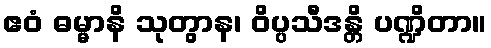
ဧဝံ ဓမ္မာနိ သုတွာန၊ ဝိပ္ပသီဒန္တိ ပဏ္ဍိတာ။